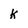
Character: k